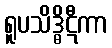
ရူပသိဒ္ဓိဋီကာ